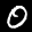
Label: 0